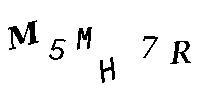
M5MH7R